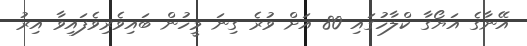
އޭނާގެ އަޔޯގާ ކްލާހުގައި 80 އަށް ވުރެ ގިނަ މީހުން ބައިވެރިވެފައިވާ އިރު